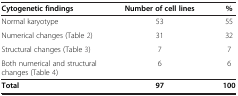
| Cytogenetic findings | Number of cell lines | % |
 | --- | --- | --- |
 | Normal karyotype | 53 | 55 |
 | Numerical changes (Table 2) | 31 | 32 |
 | Structural changes (Table 3) | 7 | 7 |
 | Both numerical and structural changes (Table 4) | 6 | 6 |
 | Total | 97 | 100 |